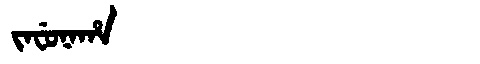
Manchu: ᠵᠠᠸᡠᠨᠠᡥᠠ
Romanization: JAFUNAHA